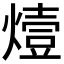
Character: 𤏈